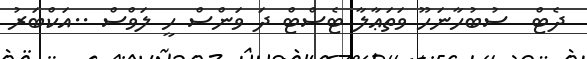
ދެޓް  ސުބުހާނަހޫ ވަތަޢާލާ ޓެސްޓް ދަ ވަންސް ހީީ ލަވްސް ..އަކްބަރު